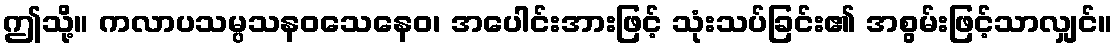
ဤသို့။ ကလာပသမ္ပသနဝသေနေဝ၊ အပေါင်းအားဖြင့် သုံးသပ်ခြင်း၏ အစွမ်းဖြင့်သာလျှင်။